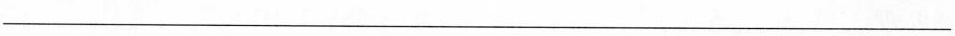
___